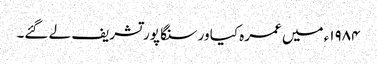
۱۹۸۴ء میں عمرہ کیا ور سنگا پور تشریف لے گئے۔